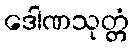
ဒေါဏသုတ္တံ